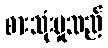
စားသုံးမှုသည်